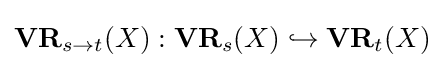
\mathbf {VR} _{s\to t}(X):\mathbf {VR} _{s}(X)\hookrightarrow \mathbf {VR} _{t}(X)